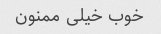
خوب خیلی ممنون